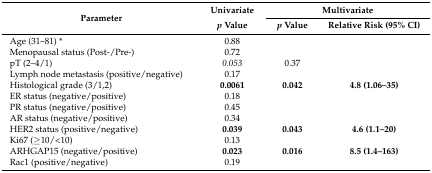
<table><thead><tr><td rowspan="2"><b> Parameter</b></td><td><b>Univariate</b></td><td colspan="2"><b>Multivariate</b></td></tr><tr><td><b><i>p</i> Value</b></td><td><b><i>p</i> Value</b></td><td><b>Relative Risk (95% CI)</b></td></tr></thead><tbody><tr><td>Age (31–81) *</td><td>0.88</td><td></td><td></td></tr><tr><td>Menopausal status (Post-/Pre-)</td><td>0.72</td><td></td><td></td></tr><tr><td>pT (2–4/1)</td><td><i>0.053</i></td><td>0.37</td><td></td></tr><tr><td>Lymph node metastasis (positive/negative)</td><td>0.17</td><td></td><td></td></tr><tr><td>Histological grade (3/1,2)</td><td><b>0.0061</b></td><td><b>0.042</b></td><td><b>4.8 (1.06–35)</b></td></tr><tr><td>ER status (negative/positive)</td><td>0.18</td><td></td><td></td></tr><tr><td>PR status (negative/positive)</td><td>0.45</td><td></td><td></td></tr><tr><td>AR status (negative/positive)</td><td>0.34</td><td></td><td></td></tr><tr><td>HER2 status (positive/negative)</td><td><b>0.039</b></td><td><b>0.043</b></td><td><b>4.6 (1.1–20)</b></td></tr><tr><td>Ki67 (≥10/&lt;10)</td><td>0.13</td><td></td><td></td></tr><tr><td>ARHGAP15 (negative/positive)</td><td><b>0.023</b></td><td><b>0.016</b></td><td><b>8.5 (1.4–163)</b></td></tr><tr><td>Rac1 (positive/negative)</td><td>0.19</td><td></td><td></td></tr></tbody></table>